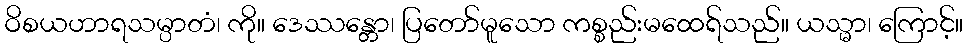
ဝိစယဟာရသမ္ပာတံ၊ ကို။ ဒေဿန္တော၊ ပြတော်မူသော ကစ္စည်းမထေရ်သည်။ ယသ္မာ၊ ကြောင့်။